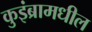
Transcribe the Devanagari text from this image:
कुइंब्रामधील